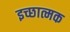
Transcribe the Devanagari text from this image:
इच्छात्मक